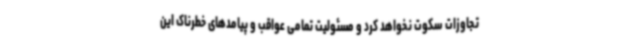
تجاوزات سکوت نخواهد کرد و مسئولیت تمامی عواقب و پیامدهای خطرناک این